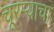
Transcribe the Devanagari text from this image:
चूरम्याचा